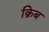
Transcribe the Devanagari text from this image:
क्रिब